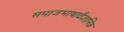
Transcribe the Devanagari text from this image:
समाजभाषावैज्ञानिक